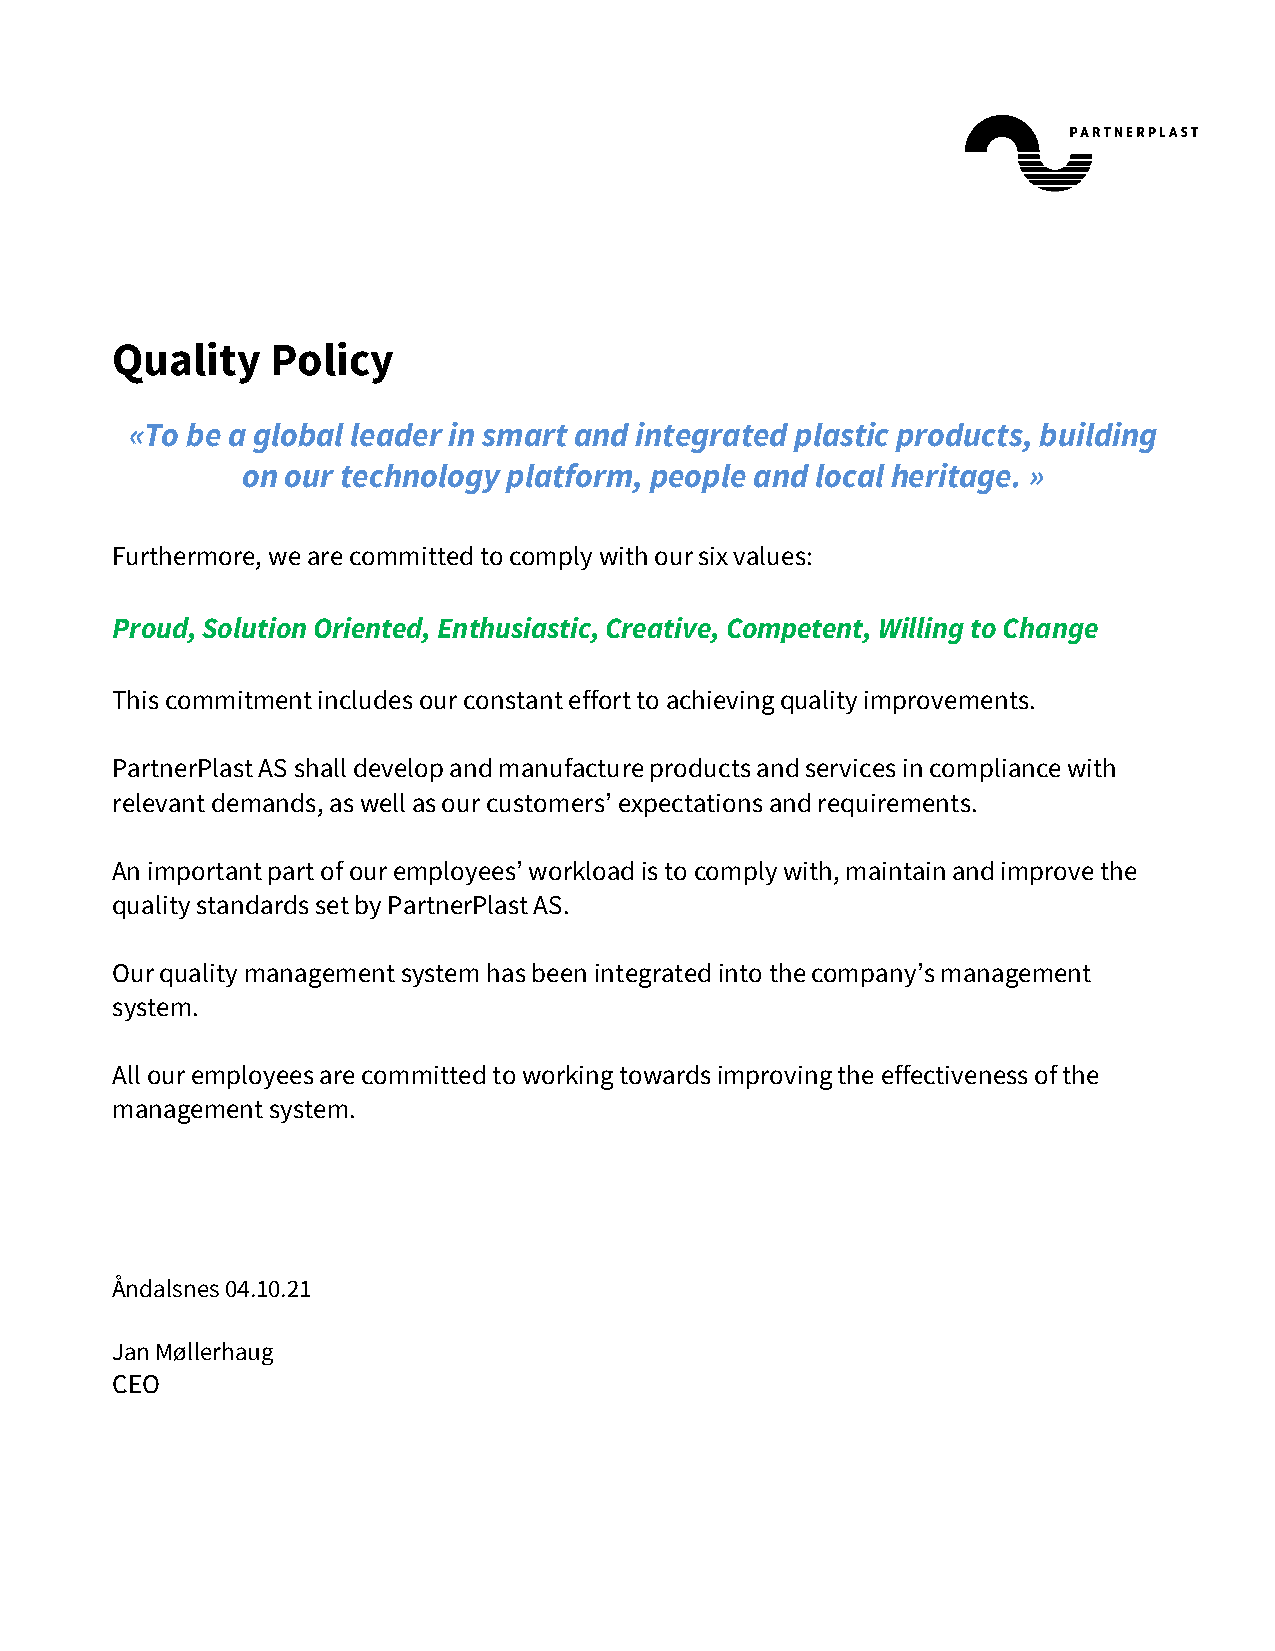
Quality    Policy
 «To be a global leader in smart and integrated plastic products, building
 on our technology platform, people and local heritage. »
 Furthermore, we are committed to comply with our six values:
 Proud, Solution Oriented, Enthusiastic, Creative, Competent, Willing to Change
 This commitment includes our constant effort to achieving quality improvements.
 PartnerPlast AS shall develop and manufacture products and services in compliance with
 relevant demands, as well as our customers’ expectations and requirements.
 An important part of our employees’ workload is to comply with, maintain and improve the
 quality standards set by PartnerPlast AS.
 Our quality management system has been integrated into the company’s management
 system.
 All our employees are committed to working towards improving the effectiveness of the
 management system.
 Åndalsnes 04.10.21
 Jan Møllerhaug
 CEO